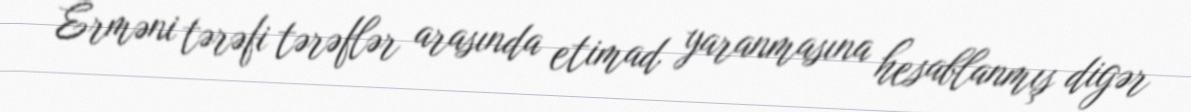
Erməni tərəfi tərəflər arasında etimad yaranmasına hesablanmış digər